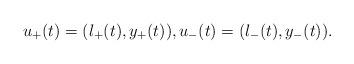
LaTeX: \begin{align*}u_{+}(t)=(\l_{+}(t),y_{+}(t)), u_{-}(t)=(\l_{-}(t),y_{-}(t)). \end{align*}